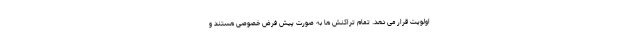
اولویت قرار می دهد. تمام تراکنش ها به صورت پیش فرض خصوصی هستند و